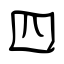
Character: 四